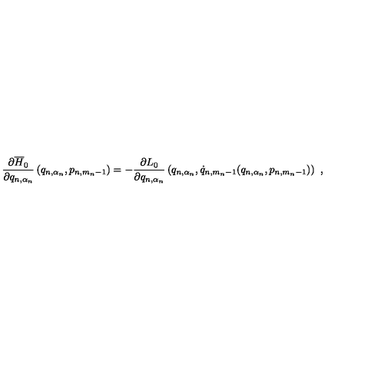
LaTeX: \frac { \partial \overline { { H } } _ { 0 } } { \partial q _ { n , \alpha _ { n } } } \left( q _ { n , \alpha _ { n } } , p _ { n , m _ { n } - 1 } \right) = - \frac { \partial L _ { 0 } } { \partial q _ { n , \alpha _ { n } } } \left( q _ { n , \alpha _ { n } } , \dot { q } _ { n , m _ { n } - 1 } ( q _ { n , \alpha _ { n } } , p _ { n , m _ { n } - 1 } ) \right) \ ,